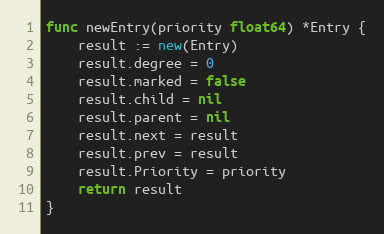
Language: Go
func newEntry(priority float64) *Entry {
	result := new(Entry)
	result.degree = 0
	result.marked = false
	result.child = nil
	result.parent = nil
	result.next = result
	result.prev = result
	result.Priority = priority
	return result
}